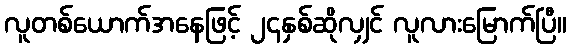
လူတစ်ယောက်အနေဖြင့် ၂၄နှစ်ဆိုလျှင် လူလားမြောက်ပြီ။